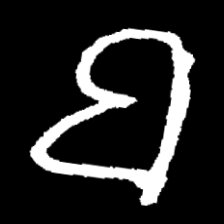
Pyu character \u2014 Myanmar letter: ဗ (romanized: ba)